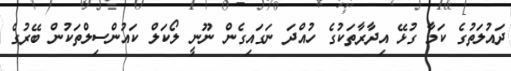
ދައުލަތުގެ ކަމާ ގުޅޭ އިދާރާތަކުގެ ހުއްދަ ނަގައިގެން ނޫނީ ލޯކަލް ކައުންސިލްތަކުން ބޭރުގެ